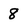
Character: 8